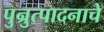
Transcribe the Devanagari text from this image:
पुन्रुत्पादनाचे